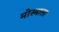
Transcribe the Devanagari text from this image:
मोस्माला